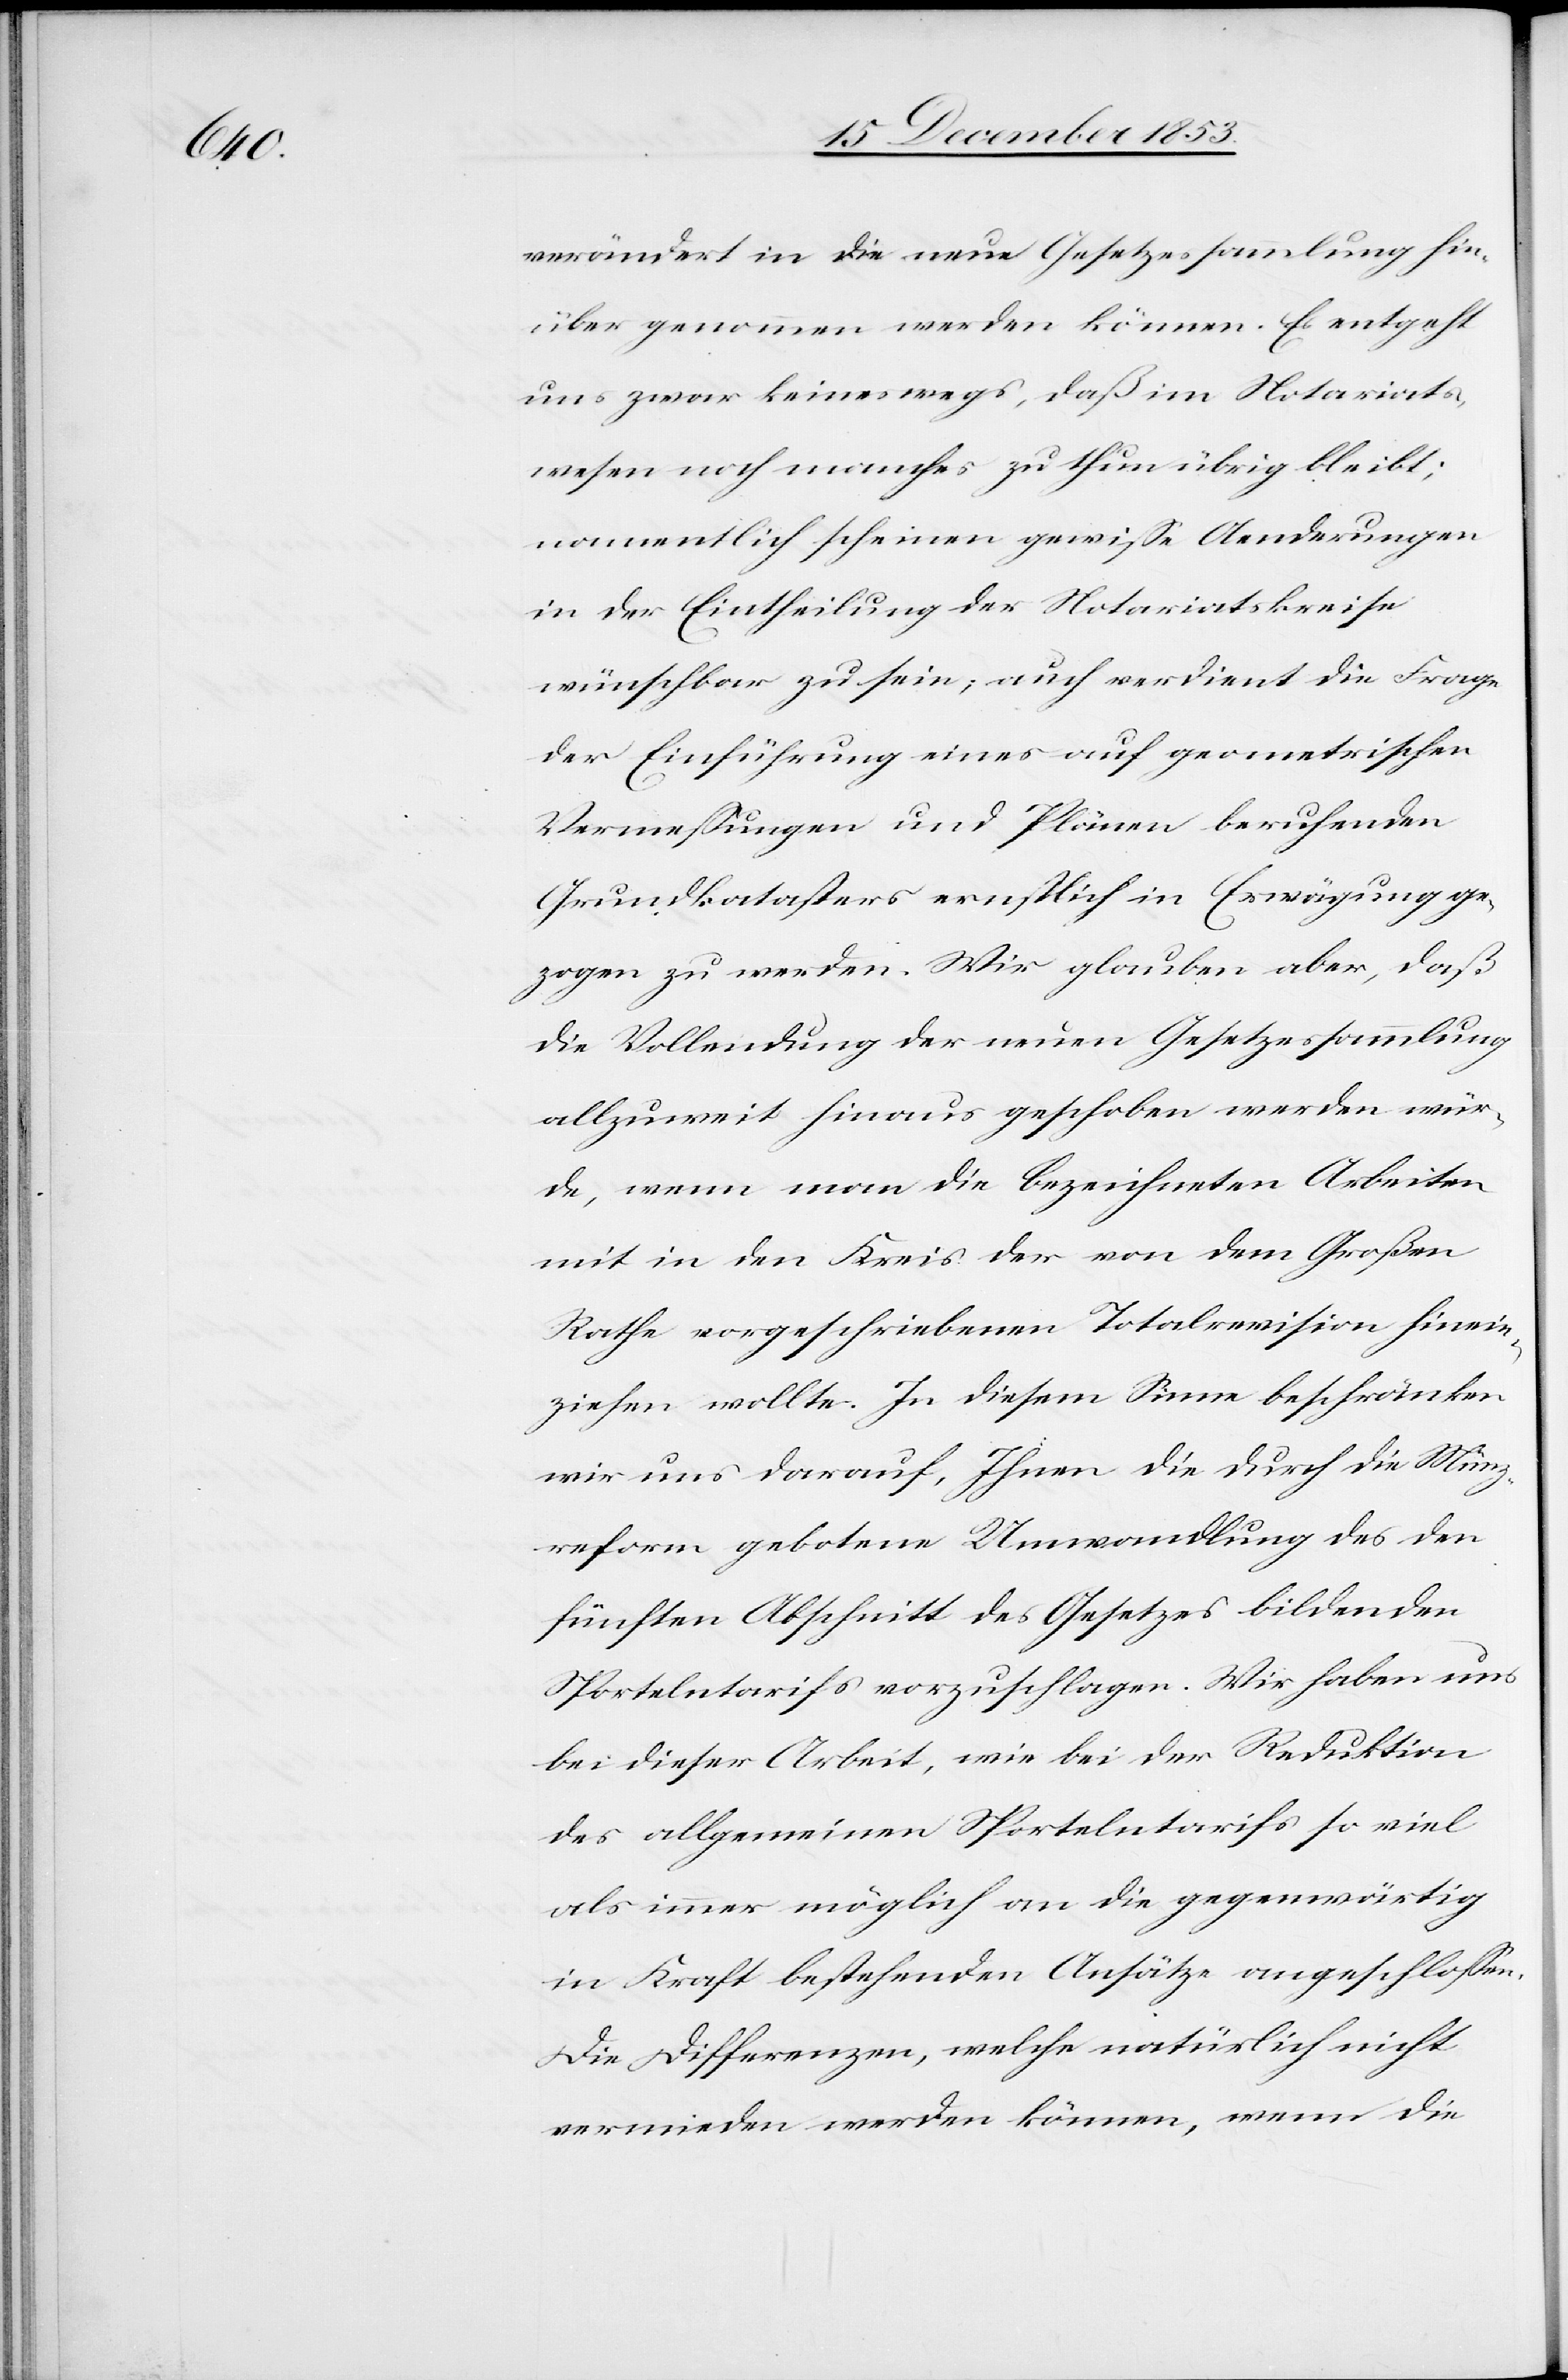
verändert in die neue Gesetzessammlung hin¬
über genommen werden können. Es entgeht
uns zwar keineswegs, daß im Notariats¬
wesen noch manches zu thun übrig bleibt;
namentlich scheinen gewiße Aenderungen
in der Eintheilung der Notariatskreise
wünschbar zu sein; auch verdient die Frage
der Einführung eines auf geometrischen
Vermeßungen und Plänen beruhenden
Grundkatasters ernstlich in Erwägung ge¬
zogen zu werden. Wir glauben aber, daß
die Vollendung der neuen Gesetzessammlung
allzuweit hinaus geschoben werden wür¬
de, wenn man die bezeichneten Arbeiten
mit in den Kreis der von dem Großen
Rathe vorgeschriebenen Totalrevision hinein¬
ziehen wollte. In diesem Sinne beschränken
wir uns darauf, Ihnen die durch die Münz¬
reform gebotene Umwandlung des den
fünften Abschnitt des Gesetzes bildenden
Sportelntarifs vorzuschlagen. Wir haben uns
bei dieser Arbeit, wie bei der Reduktion
des allgemeinen Sportelntarifs so viel
als immer möglich an die gegenwärtig
in Kraft bestehenden Ansätze angeschloßen.
Die Differenzen, welche natürlich nicht
vermieden werden können, wenn die